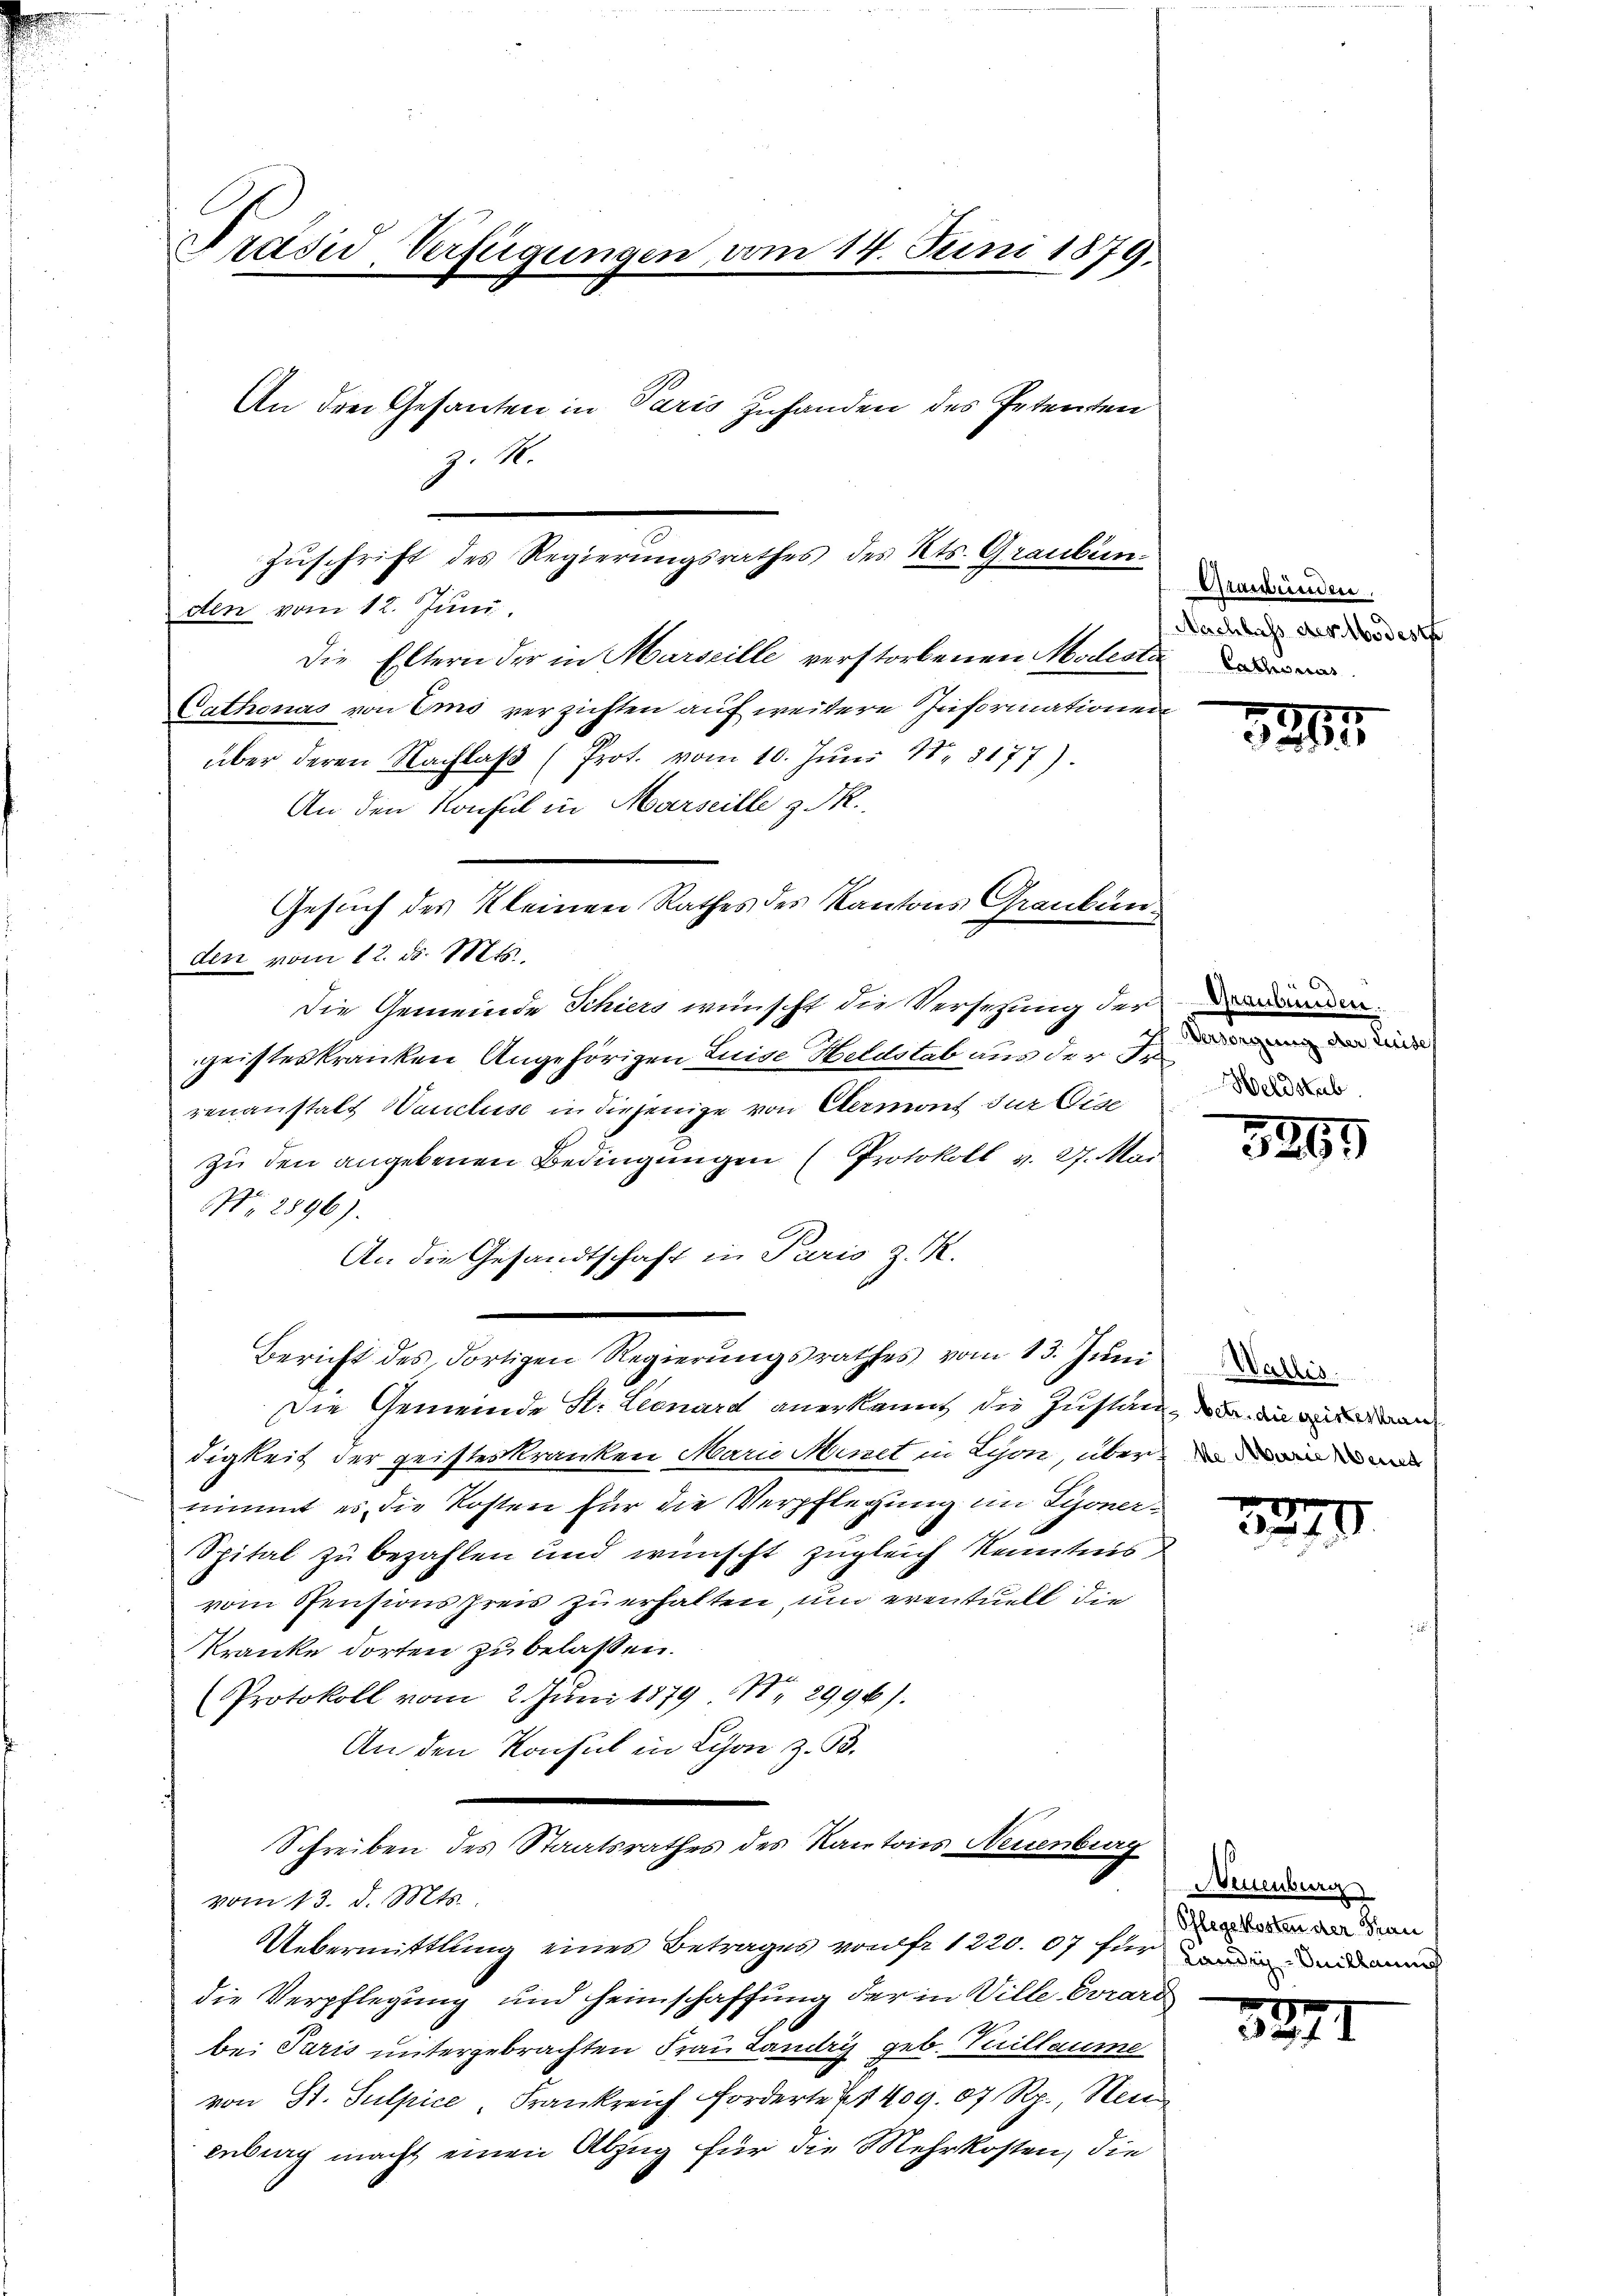
Präsid Verfügungen, vom 14. Juni 1879.
An drei Gesanten in Paris zuhanden des Petenten
Z. 10.

Zŭschrift des Regierŭngsrathes des Kts. Grauben.
den vom 12. Juni.

Die Eltern der in Marseille verstorbenen Modesta
Cathonas von Emo verzichten auf weitere Zuformationen
über deren Nachlaβ (Prot. vom 10. Jŭni 188177).
An den Konsul in Marseille z. PR.
Die Gemeinde Schiers wünscht die Versezung der
geisteskranken Angehörigen Luise Heldstab aus der Ir
renanstalt Wanclise in diejenige von Elermont zur Eise
zu den angebenen Bedingungen (Protokoll v. 27. Mai
NNo. 2896).
An die Gesandtschaft in Paris z. K.
Bericht des dortigen Regierŭngsrathes vom 13. Jŭni
Die Gemeinde St. Leonard anerkannt, die Zustanz, da die wird dan
digkeit der geisteskranken Marie Minet in Lyon, über ni
nimmt es die Kosten für die Verpflegung im Syoner-
Spital zu bezahlen und wünscht zugleich Kenntnis
vom Pensionspreis zu erhalten, um eventuell die
kranke dorten zu belassen.
Protokoll vom 2. Juni 1879 No 2996).
An den Konsul in Schon z. B.
Schreiben des Staatsrathes des Kantons Neuenburg
vom 13. d. Mts.
Uebermittlung eines Betrages von fr. 1220. 07 für ein
die Verpflegung und Heimschaffung der in Wille Evrard
bei Paris untergebrachten Frau Landri geb. Tuillaume
von St. Sulpice, Frankreich Forderte 21409. 07 Rp., Neui
enburg macht einen Abzug für die Mehrkosten, die

Gesuch des Kleinen Rathes des Kantons Graubünden vom 12. ds. Mts.,

Graubünden.
Nachbass der Modest

1245

Vendigung den Einsich
Weldstab.

3265

Wallis.

1879

Breuenburg
Pflegskosten der Frau

5371